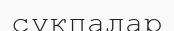
сұқпалар